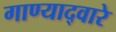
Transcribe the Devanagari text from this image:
गाण्याद्वारे